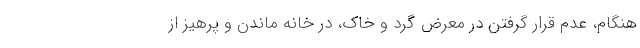
هنگام، عدم قرار گرفتن در معرض گرد و خاک، در خانه ماندن و پرهیز از